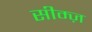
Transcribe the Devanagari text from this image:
सीम्ज़